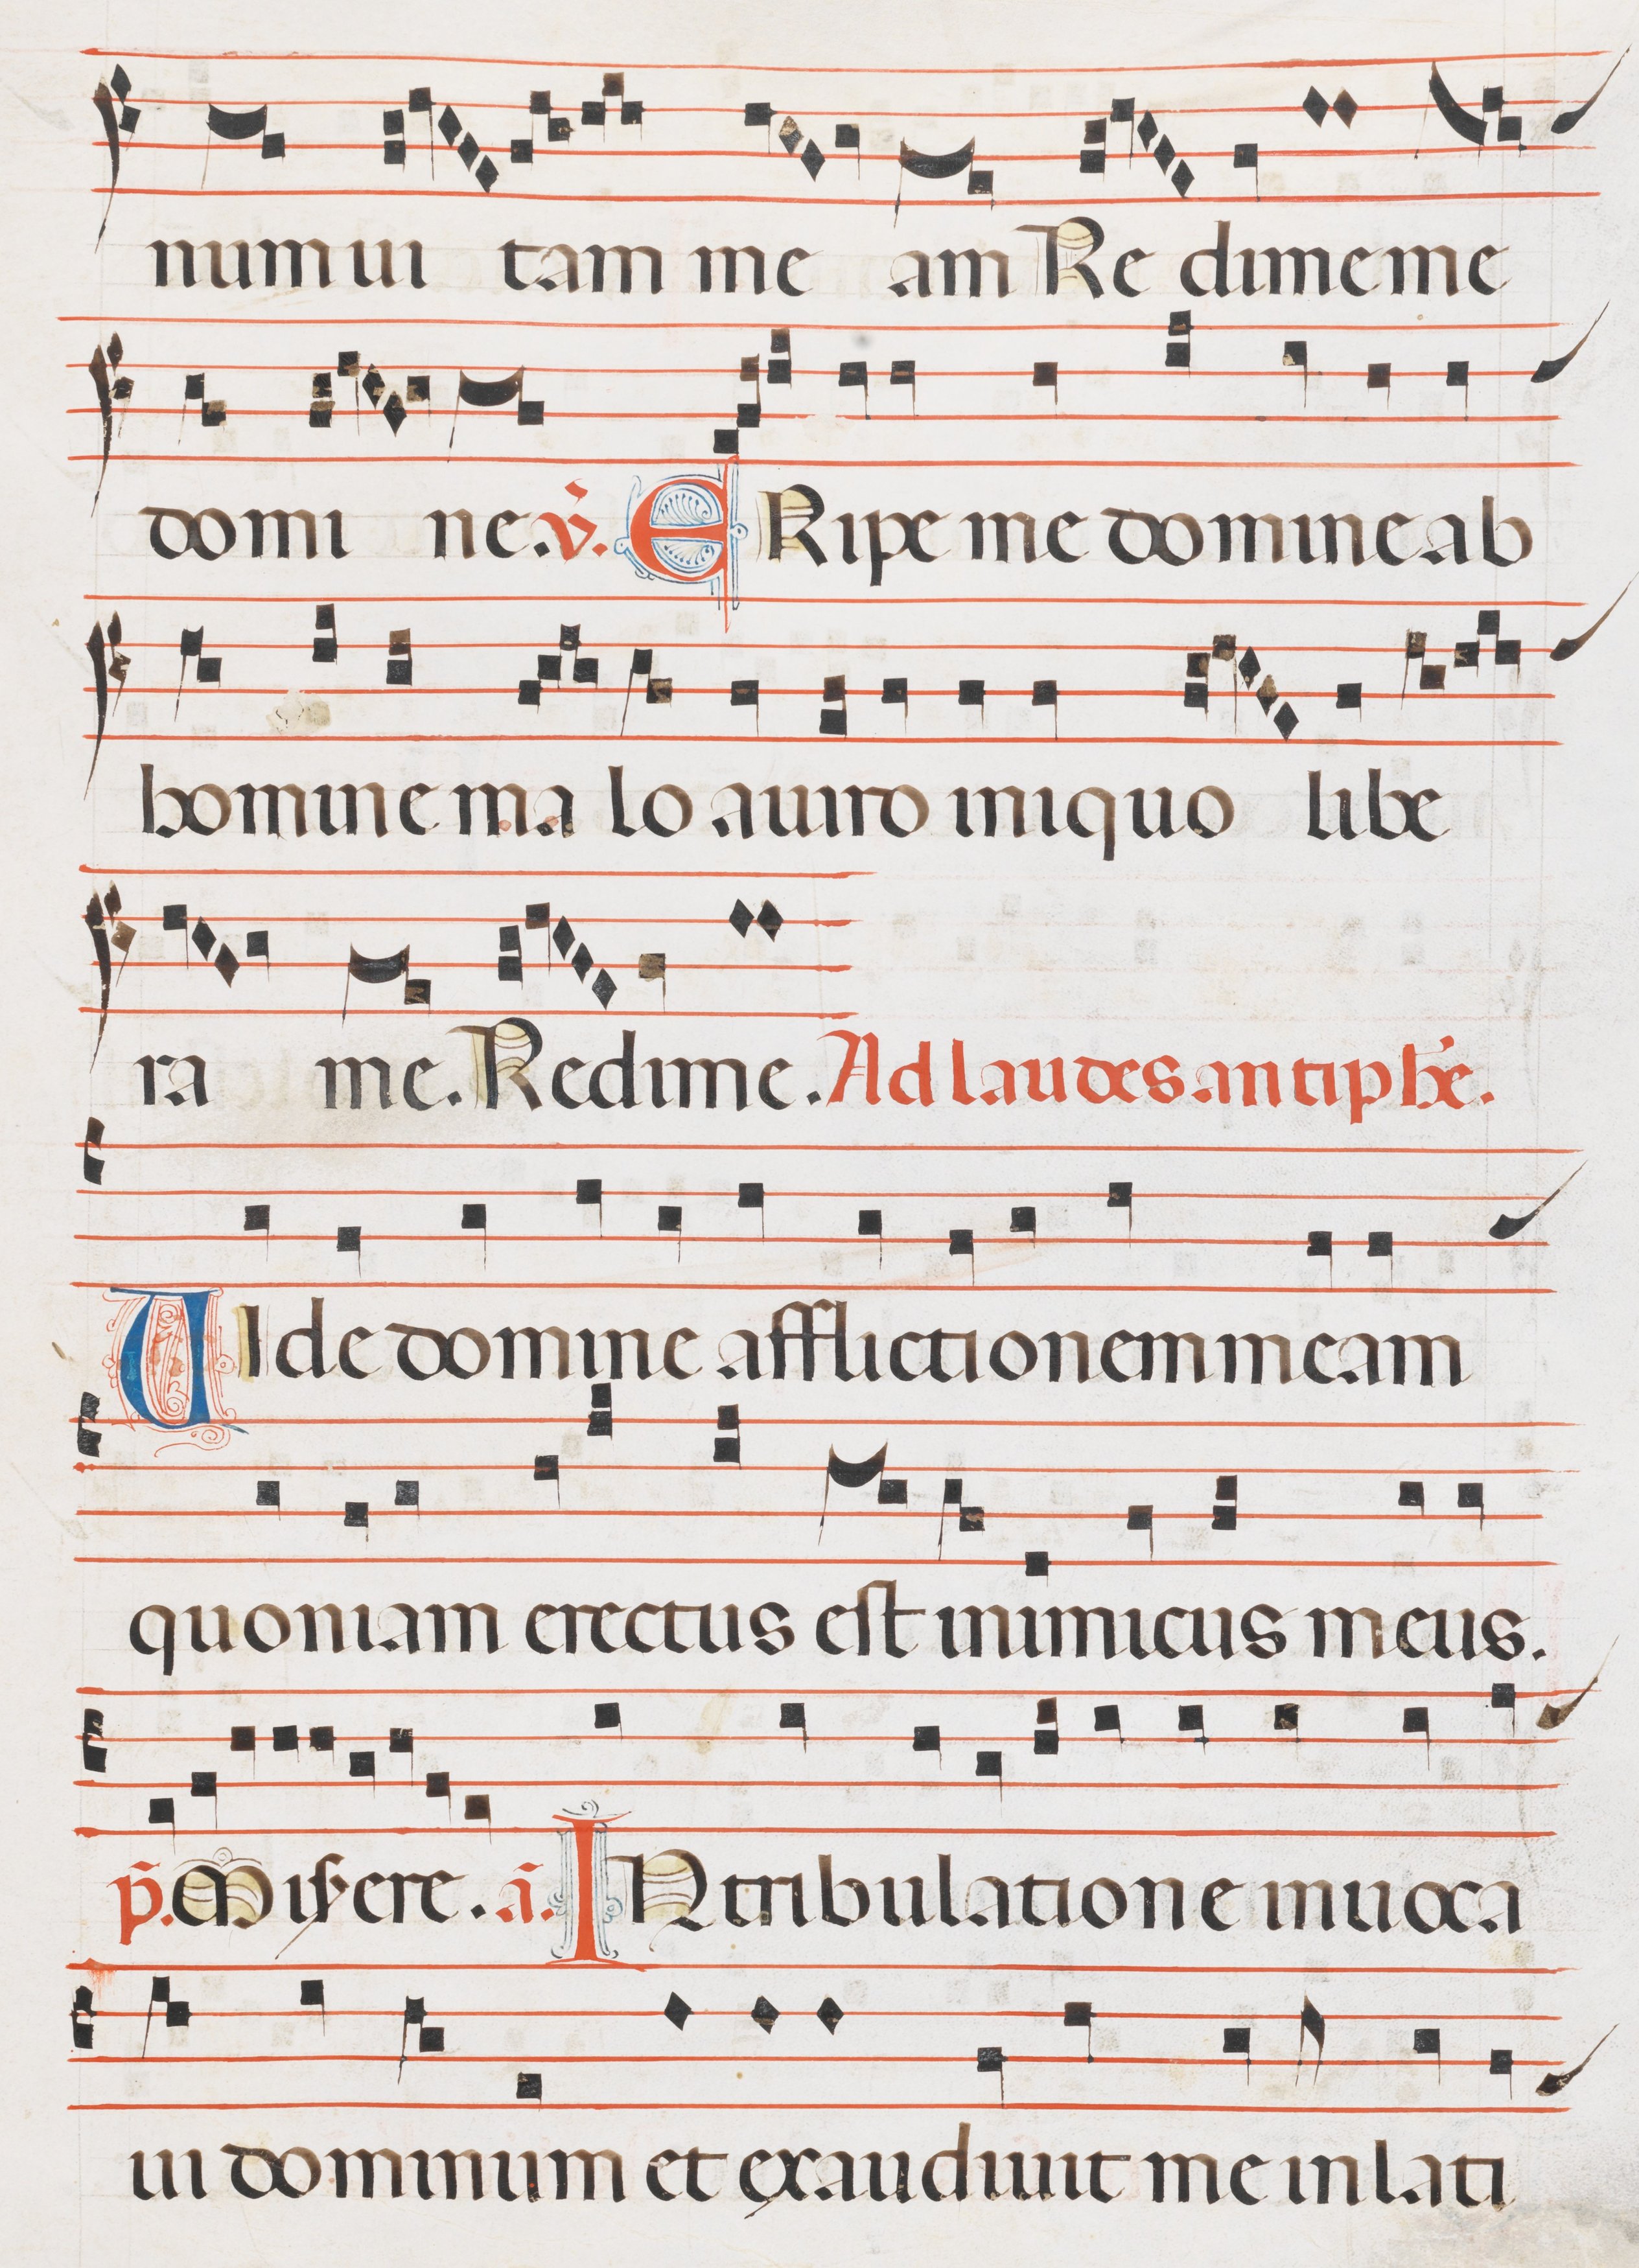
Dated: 1300–1330